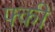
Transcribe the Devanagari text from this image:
फ्की